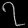
Digit: ၇